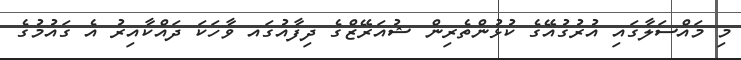
މި މައްސަލާގައި އުރުގުއޭގެ ކުޅުންތެރިން ޝުއަރޭޒްގެ ދިފާއުގައ ވާހަކަ ދައްކާއިރު އެ ގައުމުގެ